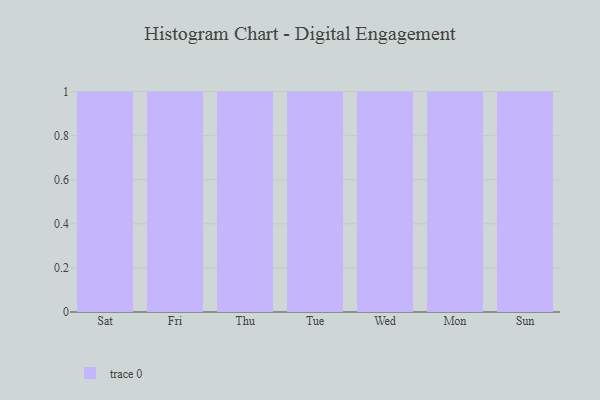
{"axis": {"x": "Day", "y": "Revenue (USD Million)"}, "legend": [""], "data": [{"x": "Sat", "y": 63, "type": ""}, {"x": "Fri", "y": 62, "type": ""}, {"x": "Thu", "y": 80, "type": ""}, {"x": "Tue", "y": 26, "type": ""}, {"x": "Wed", "y": 68, "type": ""}, {"x": "Mon", "y": 36, "type": ""}, {"x": "Sun", "y": 67, "type": ""}]}